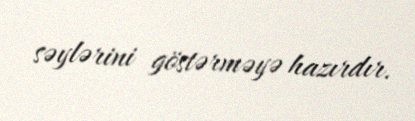
səylərini göstərməyə hazırdır.